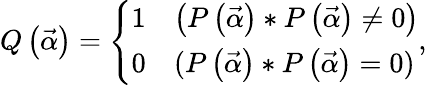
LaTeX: Q\left(\vec{\alpha}\right)=\left\lbrace\begin{array}{ll}{1}&{\left(P\left(\vec{\alpha}\right)\ast P\left(\vec{\alpha}\right)\neq 0\right)}\\ {0}&{(P\left(\vec{\alpha}\right)\ast P\left(\vec{\alpha}\right)=0)}\end{array}\right.,